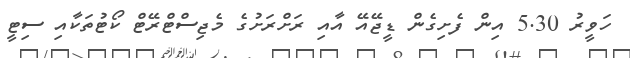
ހަވީރު 5.30 އިން ފެށިގެން ޑީޖޭއޭ އާއި ރަށްރަށުގެ މެޖިސްޓްރޭޓް ކޯޓުތަކާއި ސިޓީ